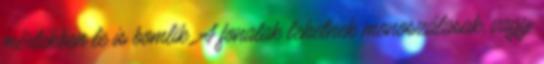
mértékben le is bomlik. A fonalak lehetnek monoszálasak, vagy